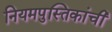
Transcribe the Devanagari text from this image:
नियमपुस्तिकांची